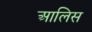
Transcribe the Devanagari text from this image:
आलिस